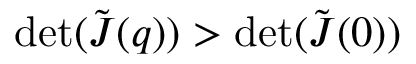
\operatorname* { d e t } ( \tilde { \boldsymbol J } ( \boldsymbol q ) ) > \operatorname* { d e t } ( \tilde { \boldsymbol J } ( 0 ) )